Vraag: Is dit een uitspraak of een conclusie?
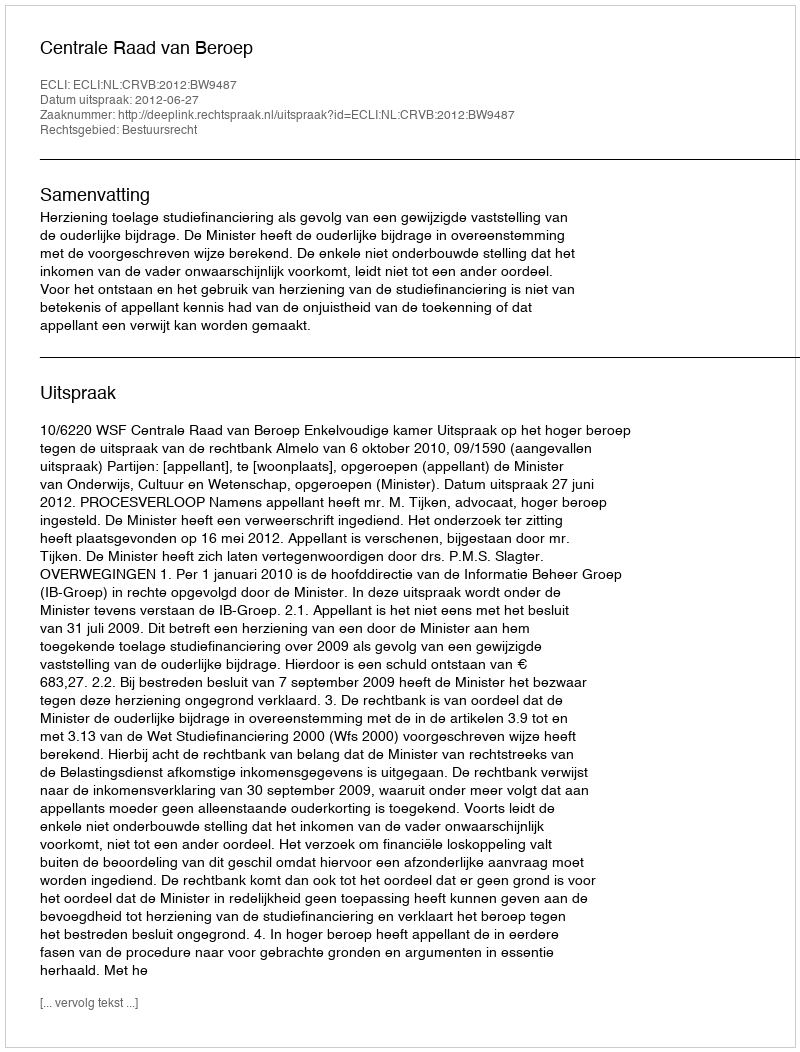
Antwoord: Uitspraak